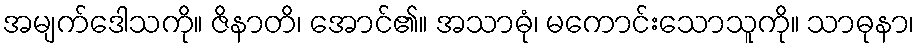
အမျက်ဒေါသကို။ ဇိနာတိ၊ အောင်၏။ အသာဓုံ၊ မကောင်းသောသူကို။ သာဓုနာ၊